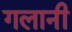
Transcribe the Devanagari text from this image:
गलानी